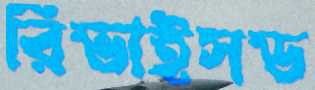
রিভাইসড